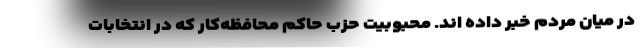
در میان مردم خبر داده اند. محبوبیت حزب حاکم محافظه‌کار که در انتخابات